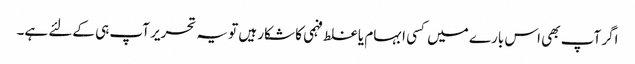
اگر آپ بھی اس بارے میں کسی ابہام یا غلط فہمی کا شکار ہیں تو یہ تحریر آپ ہی کےلئے ہے۔